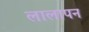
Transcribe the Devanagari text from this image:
लालापन